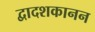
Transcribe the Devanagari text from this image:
द्वादशकानन